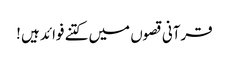
قرآنی قصوں میں کتنے فوائد ہیں !